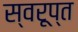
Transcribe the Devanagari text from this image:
स्वरूप्त